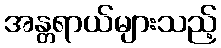
အန္တရာယ်များသည့်